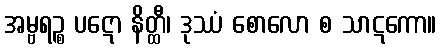
အမ္ဗရဉ္စ ပဋော နိတ္ထီ၊ ဒုဿံ စောလော စ သာဋကော။